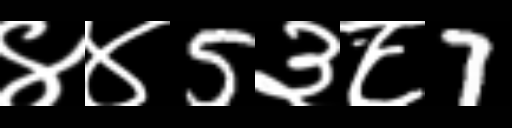
Text: ४४5३८7